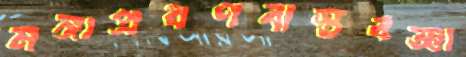
মঙ্গাপ্রবণবাস্তবজ্ঞা